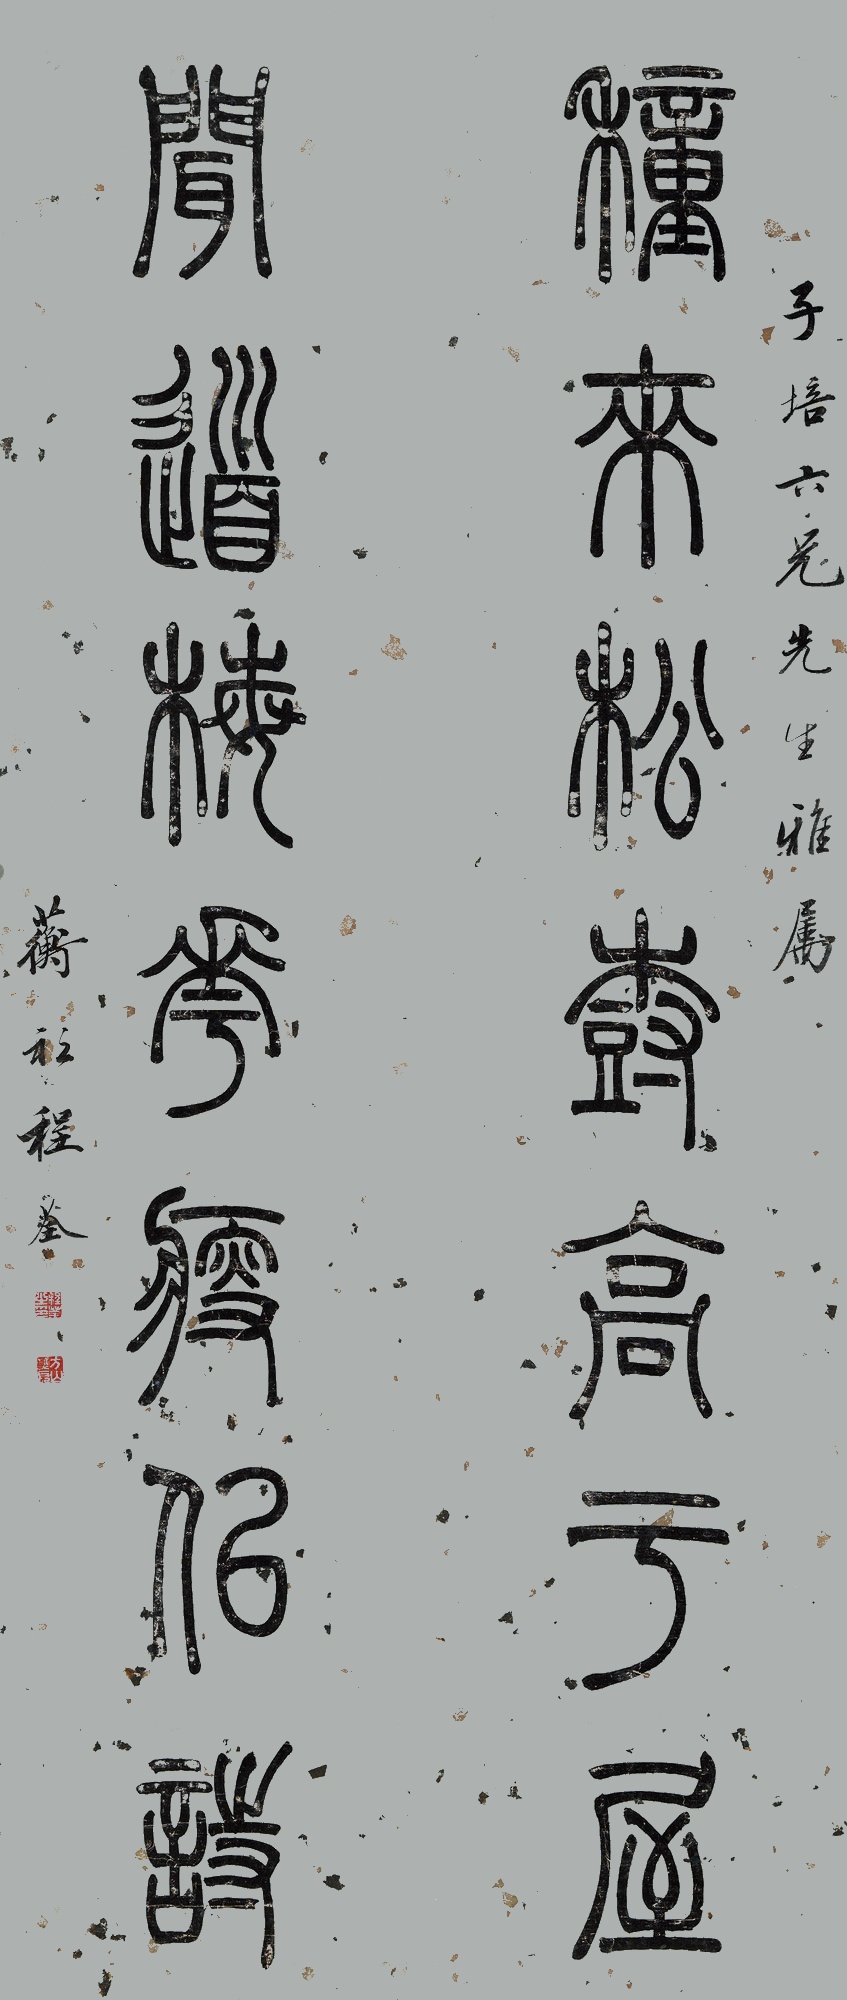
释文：种来松树高于屋，闻道梅花瘦似诗。子培六兄先生雅属。蘅衫程荃。